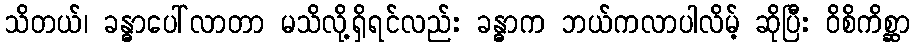
သိတယ်၊ ခန္ဓာပေါ်လာတာ မသိလို့ရှိရင်လည်း ခန္ဓာက ဘယ်ကလာပါလိမ့် ဆိုပြီး ဝိစိကိစ္ဆာ